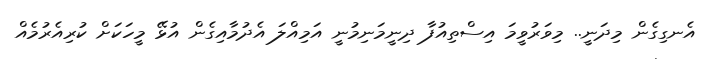
އެނގިގެން މިދަނީ.. މިވަރުވީމަ އިސްތިއުފާ ދިނީމަނިމުނީ އަމިއްލަ އެދުމާއިގެން އުޅޭ މީހަކަށް ކުރިއެރުމެއް